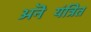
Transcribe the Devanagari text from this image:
अनॆयंत्रित